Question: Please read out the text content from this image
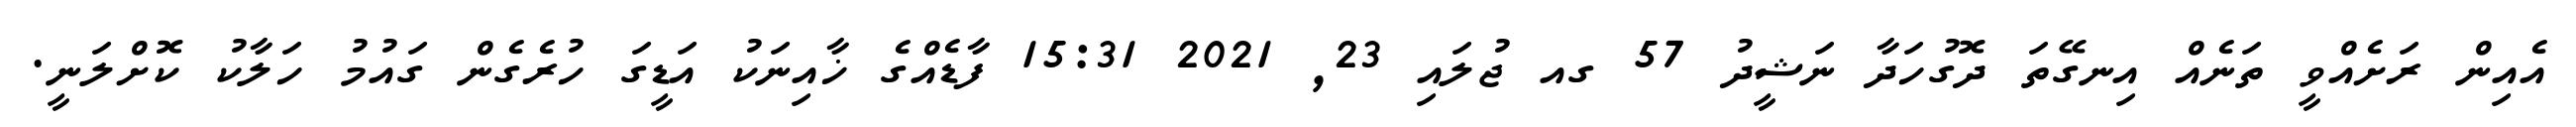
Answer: އެއިން ރަށެއްވީ ތަނެއް އިނގޭތަ ދޮގުހަދާ ނަޝީދު 57 ގއ ޖުލައި 23, 2021 15:31 ފާޑެއްގެ ޚާއިނަކު އަޑީގަ ހުރެގެން ގައުމު ހަލާކު ކޮށްލަނީ.